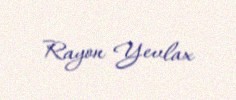
Rayon Yevlax